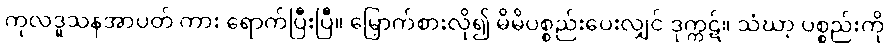
ကုလဒူသနအာပတ် ကား ရောက်ပြီးပြီ။ မြှောက်စားလို၍ မိမိပစ္စည်းပေးလျှင် ဒုက္ကဋ်။ သံဃာ့ ပစ္စည်းကို